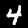
Label: 4